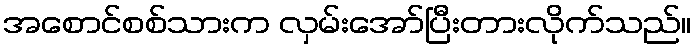
အစောင်စစ်သားက လှမ်းအော်ပြီးတားလိုက်သည်။